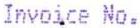
INVOICE NO.